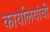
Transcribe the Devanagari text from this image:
कार्यालयांची